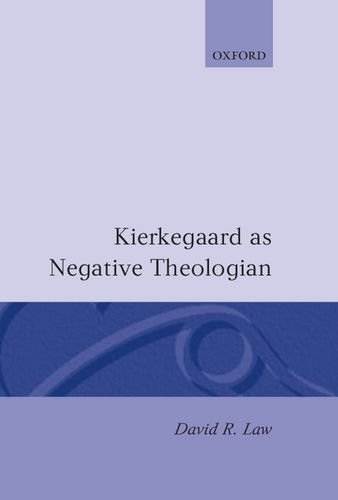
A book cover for Kierkegaard As Negative Theologian (Oxford Theology and Religion Monographs); David R. Law; Christian Books & Bibles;